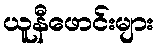
ယူနီဖောင်းများ